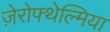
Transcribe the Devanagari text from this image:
ज़ेरोफ्थेल्मिया